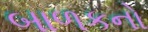
બાળકનો